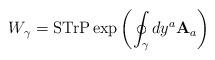
LaTeX: \begin{align*}W_\gamma ={\rm STr P}\exp\left(\oint_\gamma dy^a {\bf A}_a\right)\end{align*}